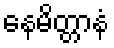
နေမိတ္တာနံ